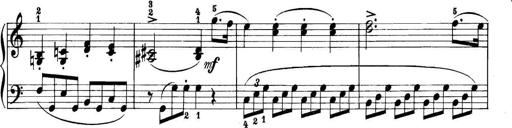
Title: 11 Sonatinas
Composer: Anton Diabelli